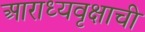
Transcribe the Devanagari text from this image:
आराध्यवृक्षाची